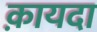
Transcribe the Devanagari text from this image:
क़ायदा